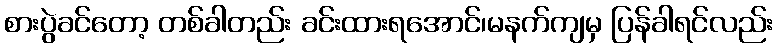
စားပွဲခင်တော့ တစ်ခါတည်း ခင်းထားရအောင်၊မနက်ကျမှ ပြန်ခါရင်လည်း